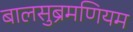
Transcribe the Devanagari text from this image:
बालसुब्रमणियम